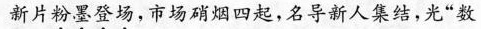
新片粉墨登场，市场硝烟四起，名导新人集结，光”数